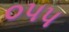
૦૫૫